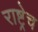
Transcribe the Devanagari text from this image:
राष्ट्रेच